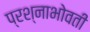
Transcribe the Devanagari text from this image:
प्रश्नाभोवती